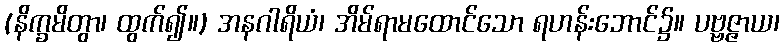
(နိက္ခမိတွာ၊ ထွက်၍။) အနဂါရိယံ၊ အိမ်ရာမထောင်သော ရဟန်းဘောင်၌။ ပဗ္ဗဇ္ဇာယ၊